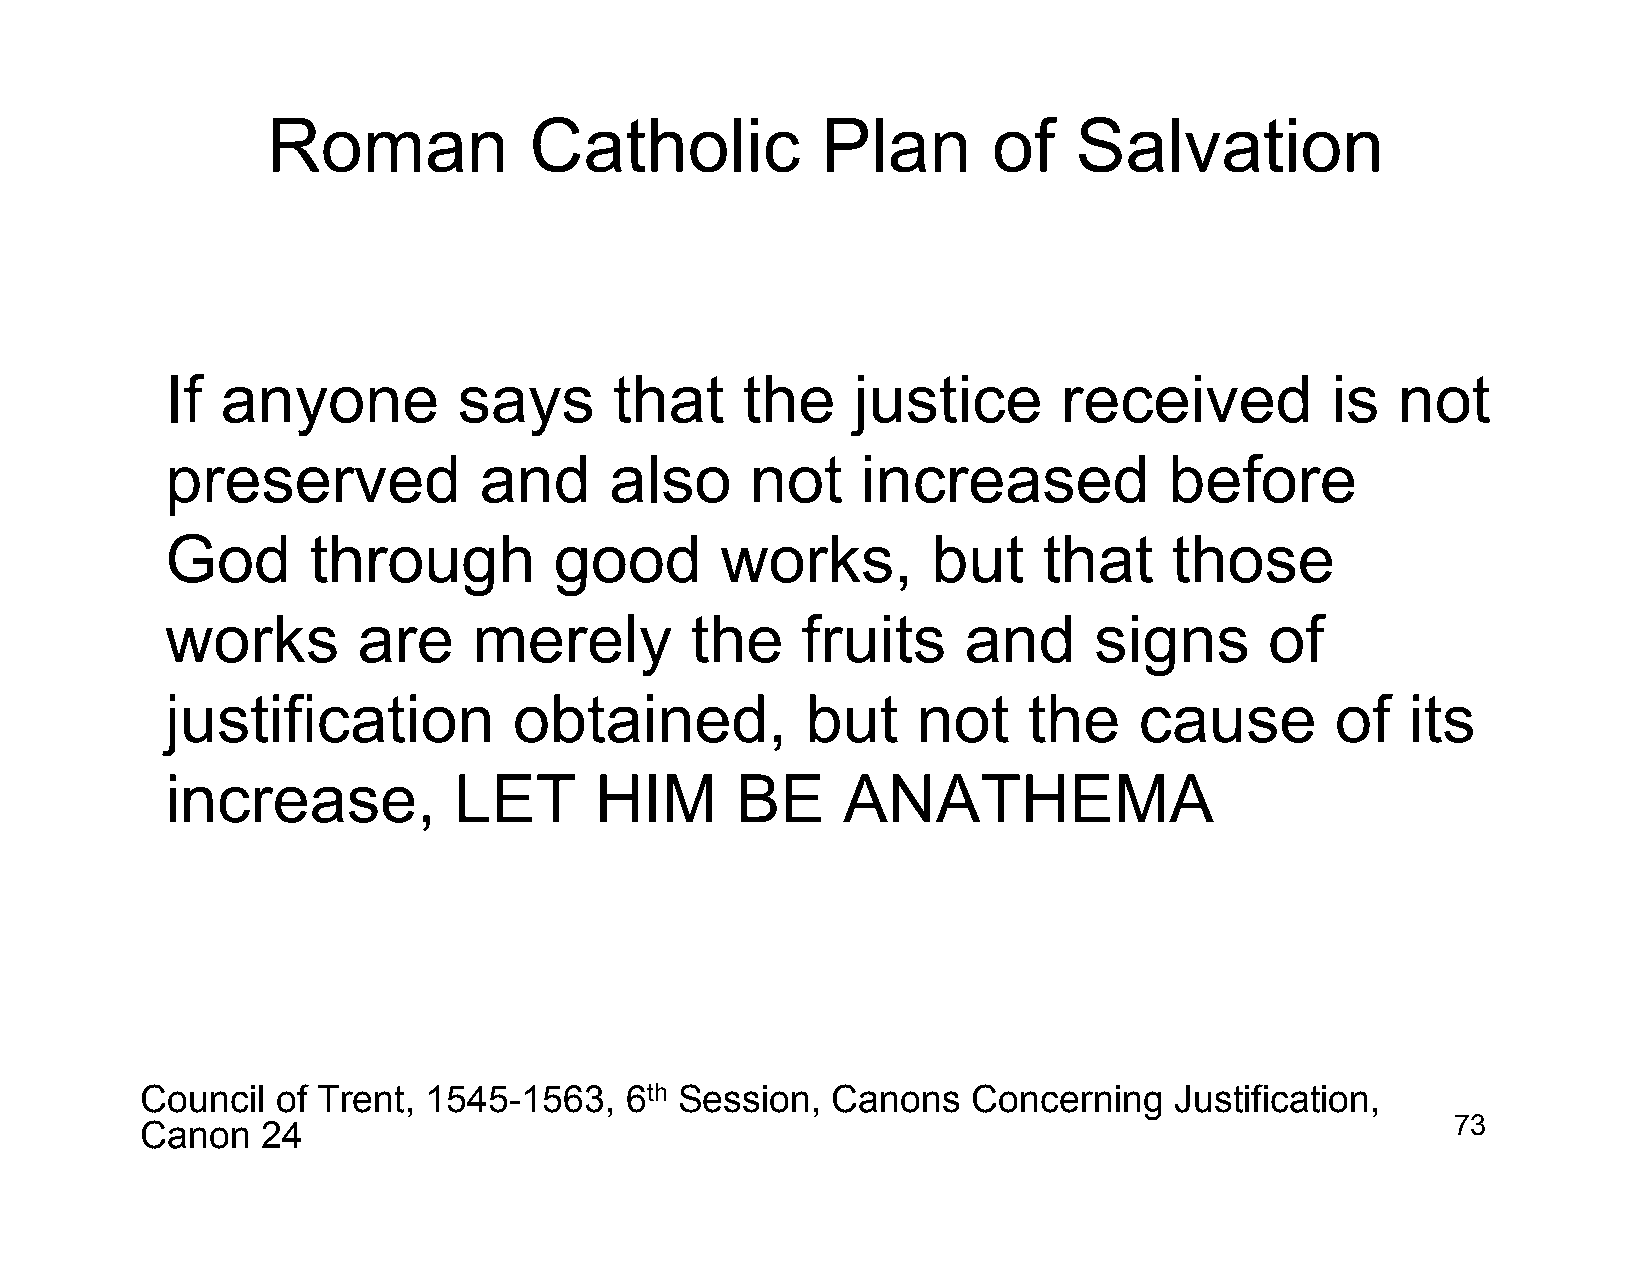
Roman            Catholic           Plan        of   Salvation
 If  anyone         says       that    the    justice       received          is  not
 preserved            and     also      not    increased           before
 God      through          good       works,        but    that     those
 works        are    merely         the    fruits     and     signs       of
 justification          obtained,          but     not    the    cause        of   its
 increase,          LET      HIM       BE     ANATHEMA
 Council  of Trent, 1545-1563,   6th Session,  Canons   Concerning    Justification,
 Canon   24                                                                             73